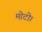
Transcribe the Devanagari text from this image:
मोटो।